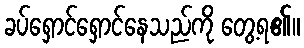
ခပ်ရှောင်ရှောင်နေသည်ကို တွေ့ရ၏။